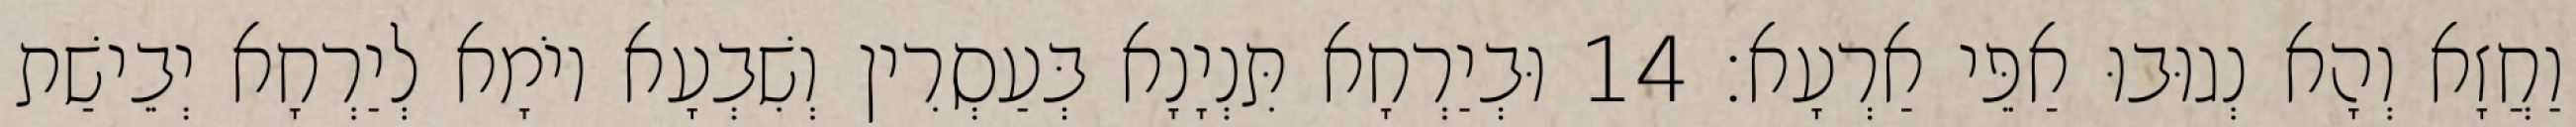
וַחֲזָא וְהָא נְגוּבוּ אַפֵּי אַרְעָא׃ 14 וּבְיַרְחָא תִּנְיָנָא בְּעַסְרִין וְשִׁבְעָא יוֹמָא לְיַרְחָא יְבֵישַׁת